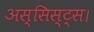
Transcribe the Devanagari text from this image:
अस्सिस्ट्स।